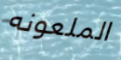
الملعونه